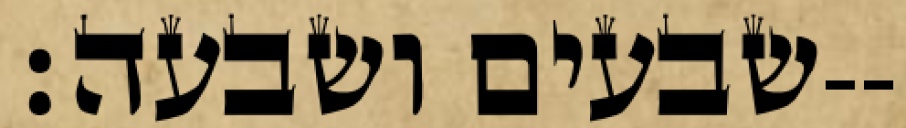
שבעים ושבעה׃--